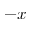
- x